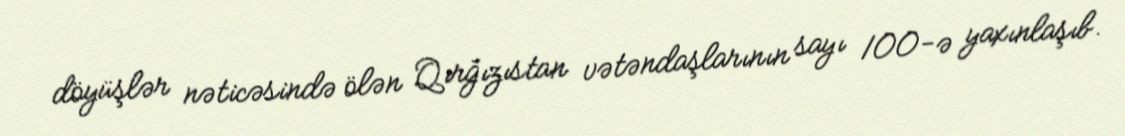
döyüşlər nəticəsində ölən Qırğızıstan vətəndaşlarının sayı 100-ə yaxınlaşıb.